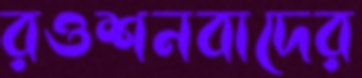
রওশনবাদের